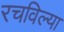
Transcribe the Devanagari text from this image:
रचविल्या